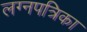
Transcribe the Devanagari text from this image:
लग्नपत्रिका